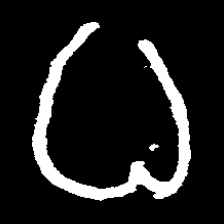
Pyu character \u2014 Myanmar letter: ဓ (romanized: dha)